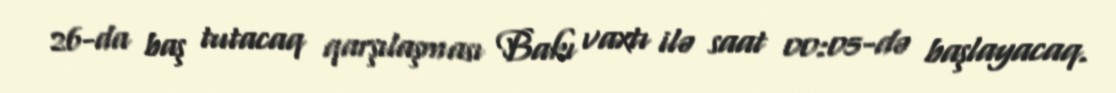
26-da baş tutacaq qarşılaşması Bakı vaxtı ilə saat 00:05-də başlayacaq.